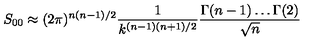
S _ { 0 0 } \approx ( 2 \pi ) ^ { n ( n - 1 ) / 2 } \frac { 1 } { k ^ { ( n - 1 ) ( n + 1 ) / 2 } } \frac { \Gamma ( n - 1 ) \ldots \Gamma ( 2 ) } { \sqrt { n } }